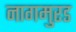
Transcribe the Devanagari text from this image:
नागमुरड